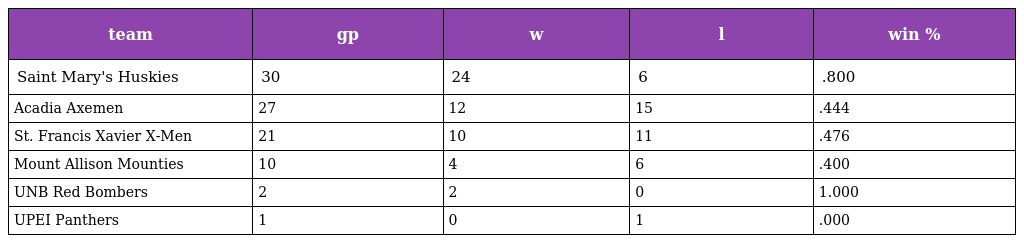
| team | gp | w | l | win % |
 | --- | --- | --- | --- | --- |
 | Saint Mary's Huskies | 30 | 24 | 6 | .800 |
 | Acadia Axemen | 27 | 12 | 15 | .444 |
 | St. Francis Xavier X-Men | 21 | 10 | 11 | .476 |
 | Mount Allison Mounties | 10 | 4 | 6 | .400 |
 | UNB Red Bombers | 2 | 2 | 0 | 1.000 |
 | UPEI Panthers | 1 | 0 | 1 | .000 |